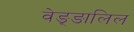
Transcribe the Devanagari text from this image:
वेङ्ङालिल